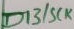
Text: D13/SCK